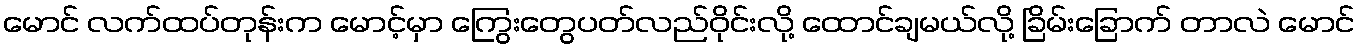
မောင် လက်ထပ်တုန်းက မောင့်မှာ ကြွေးတွေပတ်လည်ဝိုင်းလို့ ထောင်ချမယ်လို့ ခြိမ်းခြောက် တာလဲ မောင်